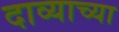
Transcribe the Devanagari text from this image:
दाव्याच्या